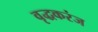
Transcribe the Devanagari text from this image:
वृद्धकरंज